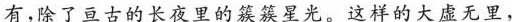
有，除了亘古的长夜里的簇簇星光。这样的大虚无里，